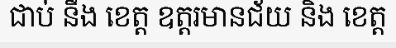
ជាប់ នឹង ខេត្ត ឧត្តរមានជ័យ និង ខេត្ត